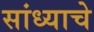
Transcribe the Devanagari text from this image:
सांध्याचे